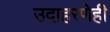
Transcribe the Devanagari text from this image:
उदाहरणेही